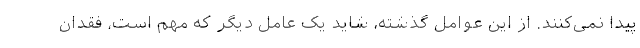
پیدا نمی‌کنند. از این عوامل گذشته، شاید یک عامل دیگر که مهم است، فقدان